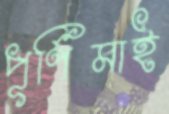
পূর্ণিমাই